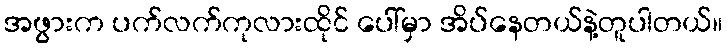
အဖွားက ပက်လက်ကုလားထိုင် ပေါ်မှာ အိပ်နေတယ်နဲ့တူပါတယ်။